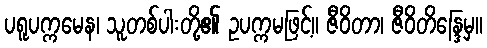
ပရူပက္ကမေန၊ သူတစ်ပါးတို့၏ ဥပက္ကမဖြင့်။ ဇီဝိတာ၊ ဇီဝိတိန္ဒြေမှ။